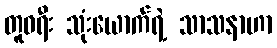
တူဝရီး သုံးယောက်ရဲ့ သာသနာဟာ